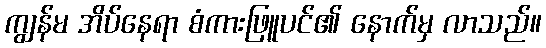
ကျွန်မ အိပ်နေရာ စံကားဖြူပင်၏ နောက်မှ လာသည်။